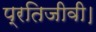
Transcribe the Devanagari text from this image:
प्रतिजीवी।